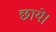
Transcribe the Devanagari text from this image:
छाये।